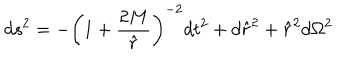
LaTeX: d s ^ { 2 } = - \left( 1 + \frac { 2 M } { \hat { r } } \right) ^ { - 2 } d t ^ { 2 } + d { \hat { r } } ^ { 2 } + { \hat { r } } ^ { 2 } d \Omega ^ { 2 }